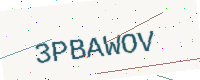
Text: 3PBAWOV